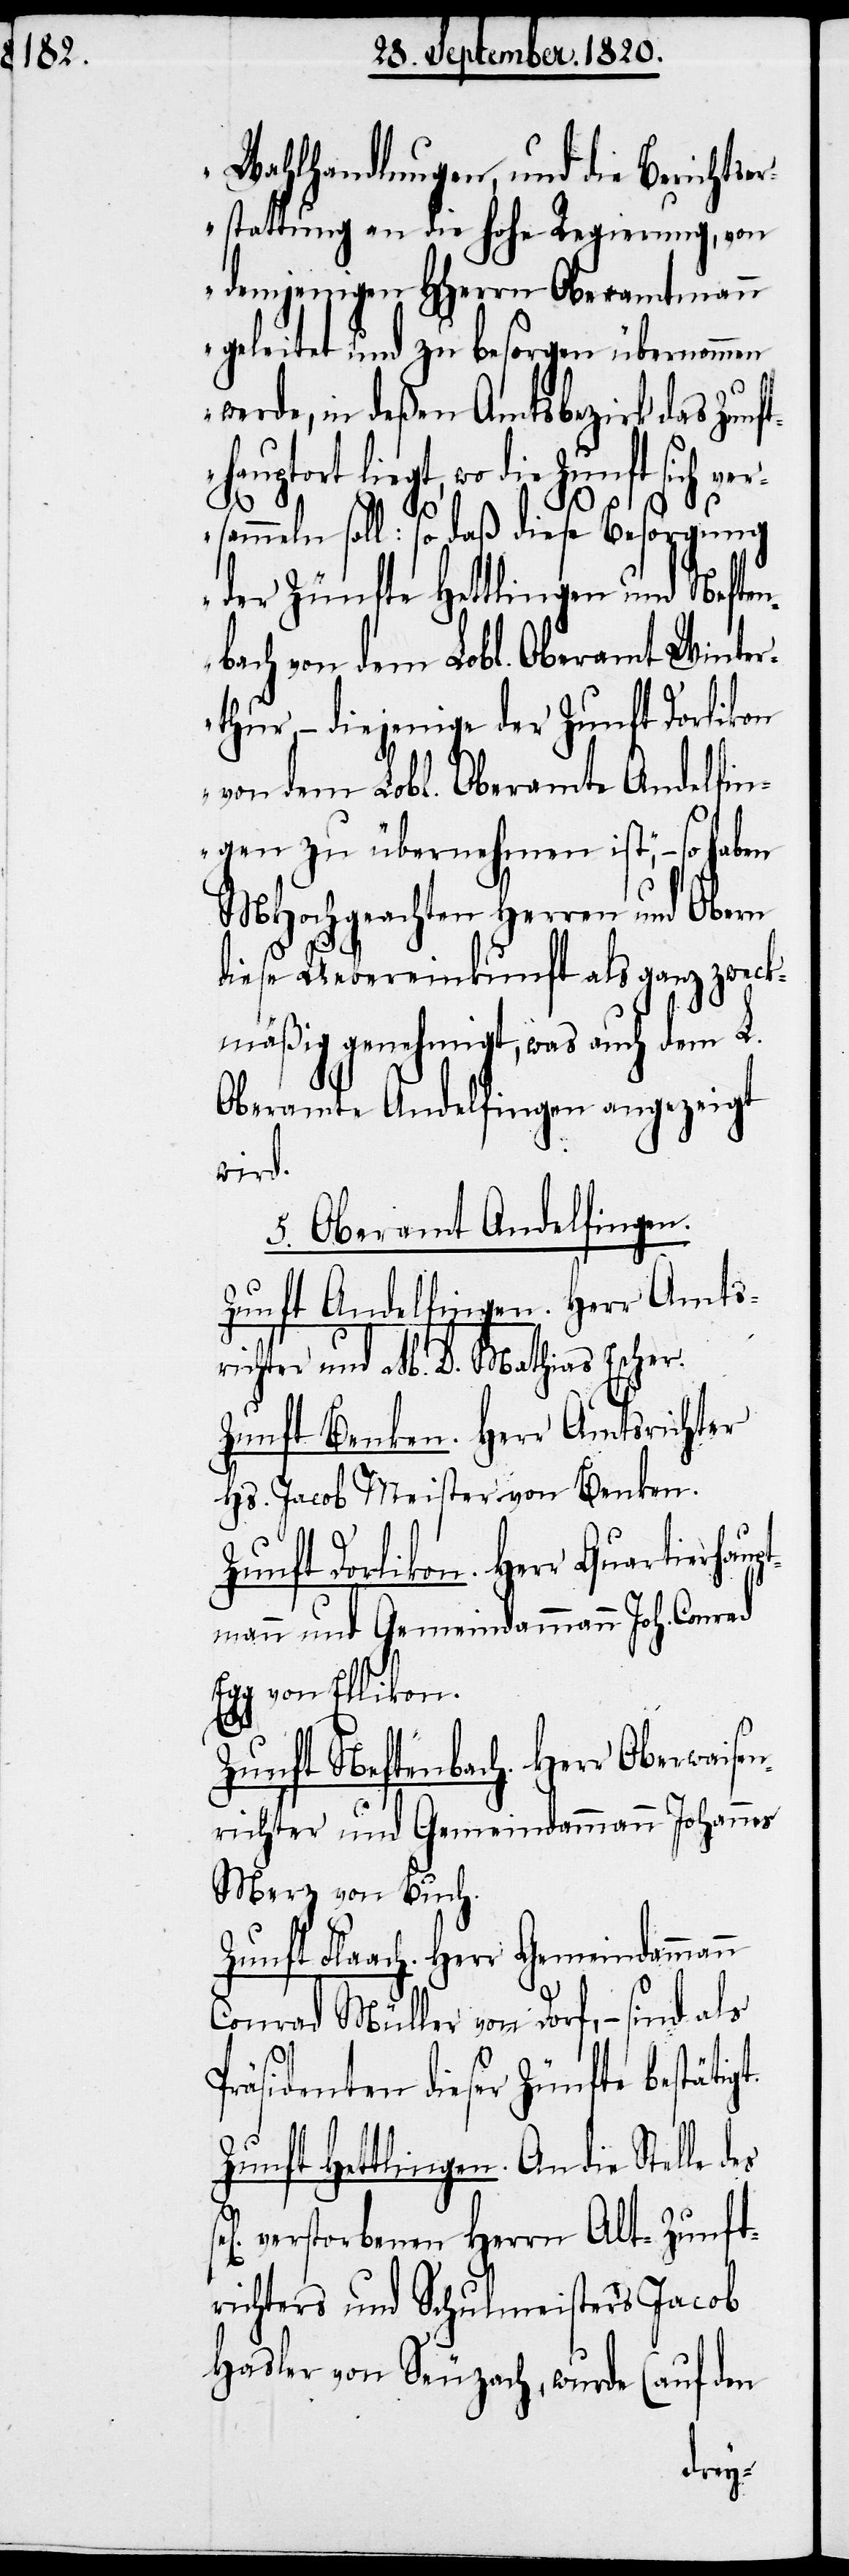
Wahlhandlungen, und die Berichte¬
rstattung an die hohe Regierung, von
demjenigen HHerrn Oberamtmann
geleitet und zu besorgen übernommen
werde, in deßen Amtsbezirk das Zunf¬
thauptort liegt, wo die Zunft sich ver¬
meln soll: so daß diese Besorgung
der Zünfte Hettlingen und Neften¬
bach von dem Lobl. Oberamt Winter¬
thur, – diejenige der Zunft Dorlikon
von dem Lobl. Oberamte Andelfin¬
gen zu übernehmen ist“, – so haben
MHochgeachten Herren und Obern
diese Uebereinkunft als ganz zweck¬
mäßig genehmigt, was auch dem L.
Oberamte Andelfingen angezeigt
wird.
5. Oberamt Andelfingen.
Zunft Andelfingen. Herr Amts¬
richter und M. D. Mathias Escher.
Zunft Benken. Herr Amtsrichter
Hs. Jacob Meister von Benken.
Zunft Dorlikon. Herr Quartierhaup¬
tmann und Gemeindammann Joh. Conrad
Egg von Ellikon.
Zunft Neftenbach. Herr Oberwaisen¬
richter und Gemeindammann Johannes
Merz von Buch.
Zunft Flaach. Herr Gemeindammann
Conrad Müller von Dorf, – sind als
Präsidenten dieser Zünfte bestätigt.
Zunft Hettlingen. An die Stelle
verstorbenen Herrn Alt-Zunft¬
richters und Schulmeisters Jacob
Hasler von Seuzach, wurde (auf den
sam¬